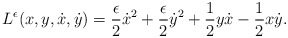
\begin{align*}L^\epsilon(x,y,\dot x,\dot y)=\frac{\epsilon}{2}\dot x^2+\frac{\epsilon}{2}\dot y^2+\frac{1}{2} y \dot x - \frac{1}{2} x \dot y.\end{align*}